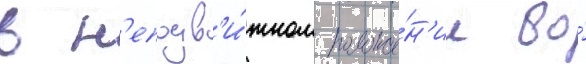
в н'еподв'и́жном положе́н'ии во́